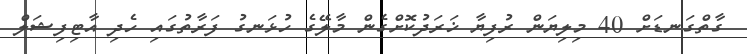
ގާތްގަނޑަަށް 40 މިލިޔަން ރުފިޔާ ޚަރަދުކޮށްގެން މާލޭގެ ހުޅަނގު ފަރާތުގައި ހެދި އާޓިފިޝަލް